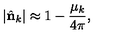
| \hat { \bf n } _ { k } | \approx 1 - { \frac { \mu _ { k } } { 4 \pi } } ,